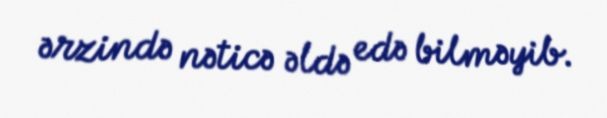
ərzində nəticə əldə edə bilməyib.